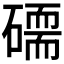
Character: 𥕷